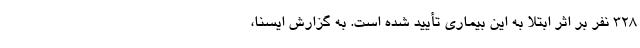
۳۲۸ نفر بر اثر ابتلا به این بیماری تأیید شده است. به گزارش ایسنا،